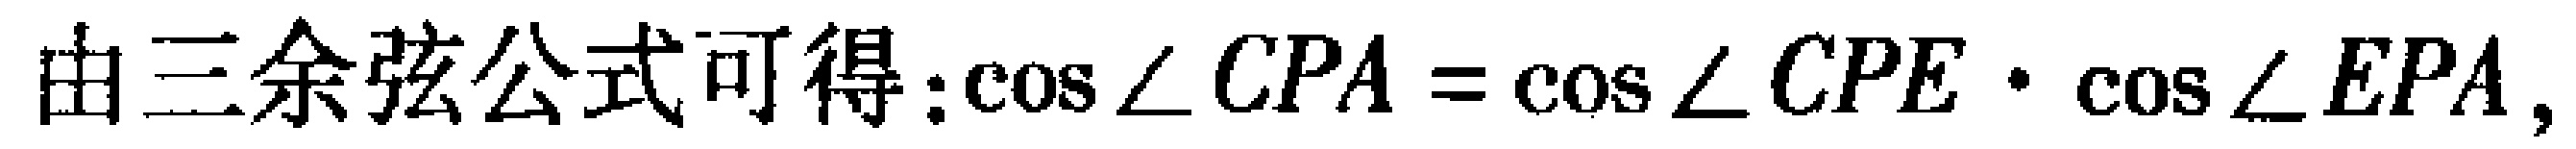
由三余弦公式可得：\(\cos\angle CPA = \cos\angle CPE\cdot\cos\angle EPA\)，